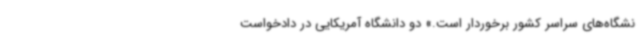
نشگاه‌های سراسر کشور برخوردار است.» دو دانشگاه آمریکایی در دادخواست